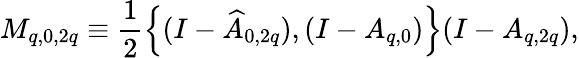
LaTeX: M_{q,0,2q}\equiv\frac{1}{2}\left\{ (I-\widehat{A}_{0,2q}),(I-A_{q,0})\right\} (I-A_{q,2q}),